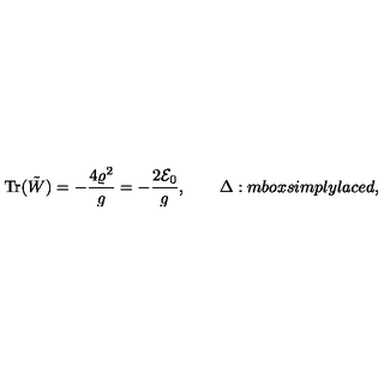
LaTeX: \mathrm { T r } ( \tilde { W } ) = - { \frac { 4 \varrho ^ { 2 } } { g } } = - { \frac { 2 { \cal E } _ { 0 } } { g } } , \qquad \Delta : m b o x { s i m p l y l a c e d } ,